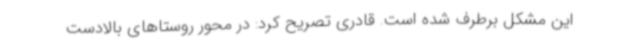
این مشکل برطرف شده است. قادری تصریح کرد: در محور روستاهای بالادست